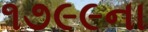
૧૭૯૯ના